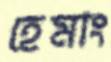
হেমাং